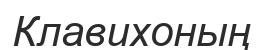
Клавихоның